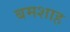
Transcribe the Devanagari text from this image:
बमशाह